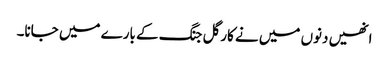
انھیں دنوں میں نے کارگل جنگ کے بارے میں جانا۔